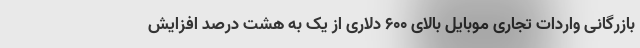
بازرگانی واردات تجاری موبایل بالای ۶۰۰ دلاری از یک به هشت درصد افزایش